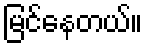
မြင်နေတယ်။